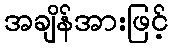
အချိန်အားဖြင့်